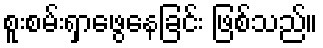
စူးစမ်းရှာဖွေနေခြင်း ဖြစ်သည်။